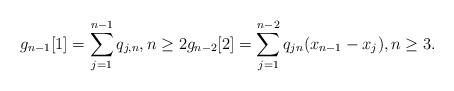
LaTeX: \begin{gather*} g_{n-1}[1]=\sum_{j=1}^{n-1} q_{j,n}, n \ge 2 g_{n-2}[2]= \sum_{j=1}^{n-2} q_{jn} (x_{n-1}-x_{j}), n \ge 3. \end{gather*}